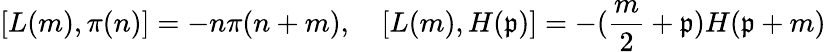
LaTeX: [L(m),\pi(n)]=-n\pi(n+m),\quad[L(m),H(\mathfrak{p})]=-(\frac{{m}}{{2}}+\mathfrak{p})H(\mathfrak{p}+m)